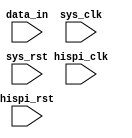
/* Machine-generated using Migen */
module integration_test(
	input [23:0] data_in,
	input hispi_clk,
	input hispi_rst,
	input sys_clk,
	input sys_rst
);

wire [23:0] hispi_data_in;
reg [11:0] hispi_hispimodule00 = 12'd0;
reg [11:0] hispi_hispimodule01 = 12'd0;
reg [11:0] hispi_hispimodule02 = 12'd0;
reg [11:0] hispi_hispimodule03 = 12'd0;
wire [11:0] hispi_hispimodule0;
wire [11:0] hispi_hispimodule1;
wire [11:0] hispi_hispimodule2;
wire [11:0] hispi_hispimodule3;
reg [59:0] hispi_hispimodule0_data = 60'd1152921504606846975;
reg [5:0] hispi_hispimodule0_word_offset = 6'd0;
reg [5:0] hispi_hispimodule0_bit_offset = 6'd0;
reg hispi_hispimodule0_aligned = 1'd0;
reg [59:0] hispi_hispimodule1_data0 = 60'd1152921504606846975;
reg [5:0] hispi_hispimodule1_word_offset = 6'd0;
reg [5:0] hispi_hispimodule1_bit_offset = 6'd0;
reg hispi_hispimodule1_aligned = 1'd0;
reg [59:0] hispi_hispimodule2_data = 60'd1152921504606846975;
reg [5:0] hispi_hispimodule2_word_offset = 6'd0;
reg [5:0] hispi_hispimodule2_bit_offset = 6'd0;
reg hispi_hispimodule2_aligned = 1'd0;
reg [59:0] hispi_hispimodule3_data = 60'd1152921504606846975;
reg [5:0] hispi_hispimodule3_word_offset = 6'd0;
reg [5:0] hispi_hispimodule3_bit_offset = 6'd0;
reg hispi_hispimodule3_aligned = 1'd0;
reg hispi_hispimodule1_frame_start;
reg hispi_hispimodule1_data_valid;
reg hispi_hispimodule1_data_actual_valid;
reg [7:0] hispi_hispimodule1_hispimodule10;
reg [7:0] hispi_hispimodule1_hispimodule11;
reg [7:0] hispi_hispimodule1_hispimodule12;
reg [7:0] hispi_hispimodule1_hispimodule13;
reg hispi_hispimodule1_found_frame_start = 1'd0;
reg [5:0] hispi_hispimodule1_padding_counter = 6'd0;
reg [23:0] hispi_hispimodule1_data1 = 24'd16777215;
reg [23:0] hispi_hispimodule1_data2 = 24'd16777215;
reg [23:0] hispi_hispimodule1_data3 = 24'd16777215;
reg [23:0] hispi_hispimodule1_data4 = 24'd16777215;
wire [31:0] hispi_data_out;
reg [67:0] hispi_hispimodule2_double_in = 68'd0;
reg [1:0] hispi_hispimodule2_counter = 2'd1;
wire [63:0] hispi_hispimodule2_data_out;
wire hispi_hispimodule2_data_valid;
wire hispi_hispimodule2_frame_start;
reg [31:0] addr_gen_addr;
reg [31:0] addr;
wire addr_gen_switch;
wire addr_gen_data_valid;
reg addr_gen_addr_valid;
reg addr_valid;
wire [63:0] addr_gen_data_in;
reg [63:0] addr_gen_data_out;
reg addr_gen_data_out_valid;
reg [31:0] addr_gen_base_addrs_array0 = 32'd260046848;
reg [31:0] addr_gen_base_addrs_array1 = 32'd264241152;
reg [31:0] addr_gen_base_addrs_array2 = 32'd268435456;
reg [31:0] addr_gen_base_addrs_array3 = 32'd272629760;
reg [31:0] addr_gen_base_addr;
reg [31:0] addr_gen_offset = 32'd0;
reg [2:0] addr_gen_selection = 3'd0;
reg [6:0] addr_gen_addr_write_counter = 7'd0;
reg addr_gen_increment;
reg [4:0] addr_gen_counter = 5'd0;
reg [3:0] state = 4'd0;
reg [3:0] next_state;
reg hispi_hispimodule1_found_frame_start_next_value;
reg hispi_hispimodule1_found_frame_start_next_value_ce;
reg [1:0] next_value0;
reg next_value_ce0;
reg [1:0] next_value1;
reg next_value_ce1;
reg [1:0] next_value2;
reg next_value_ce2;
reg [1:0] next_value3;
reg next_value_ce3;
reg [1:0] next_value4;
reg next_value_ce4;
reg [1:0] next_value5;
reg next_value_ce5;
reg [1:0] next_value6;
reg next_value_ce6;
reg [1:0] next_value7;
reg next_value_ce7;
wire [11:0] slice_proxy0;
wire [11:0] slice_proxy1;
wire [11:0] slice_proxy2;
wire [11:0] slice_proxy3;
reg [31:0] array_muxed0;
reg [31:0] array_muxed1;
reg [31:0] array_muxed2;
(* async_reg = "true", mr_ff = "true", dont_touch = "true" *) reg [11:0] xilinxmultiregimpl0_regs0 = 12'd0;
(* async_reg = "true", dont_touch = "true" *) reg [11:0] xilinxmultiregimpl0_regs1 = 12'd0;
(* async_reg = "true", mr_ff = "true", dont_touch = "true" *) reg [11:0] xilinxmultiregimpl1_regs0 = 12'd0;
(* async_reg = "true", dont_touch = "true" *) reg [11:0] xilinxmultiregimpl1_regs1 = 12'd0;
(* async_reg = "true", mr_ff = "true", dont_touch = "true" *) reg [11:0] xilinxmultiregimpl2_regs0 = 12'd0;
(* async_reg = "true", dont_touch = "true" *) reg [11:0] xilinxmultiregimpl2_regs1 = 12'd0;
(* async_reg = "true", mr_ff = "true", dont_touch = "true" *) reg [11:0] xilinxmultiregimpl3_regs0 = 12'd0;
(* async_reg = "true", dont_touch = "true" *) reg [11:0] xilinxmultiregimpl3_regs1 = 12'd0;


// Adding a dummy event (using a dummy signal 'dummy_s') to get the simulator
// to run the combinatorial process once at the beginning.
// synthesis translate_off
reg dummy_s;
initial dummy_s <= 1'd0;
// synthesis translate_on

assign hispi_data_in = data_in;
assign addr_gen_switch = hispi_hispimodule2_frame_start;
assign addr_gen_data_valid = hispi_hispimodule2_data_valid;
assign addr_gen_data_in = hispi_hispimodule2_data_out;
assign hispi_data_out = {hispi_hispimodule1_hispimodule13, hispi_hispimodule1_hispimodule12, hispi_hispimodule1_hispimodule11, hispi_hispimodule1_hispimodule10};

// synthesis translate_off
reg dummy_d;
// synthesis translate_on
always @(*) begin
	hispi_hispimodule1_data_valid <= 1'd0;
	if (hispi_hispimodule1_data_actual_valid) begin
		hispi_hispimodule1_data_valid <= 1'd1;
	end else begin
		if ((hispi_hispimodule1_padding_counter != 1'd0)) begin
			hispi_hispimodule1_data_valid <= 1'd1;
		end else begin
			hispi_hispimodule1_data_valid <= 1'd0;
		end
	end
// synthesis translate_off
	dummy_d <= dummy_s;
// synthesis translate_on
end

// synthesis translate_off
reg dummy_d_1;
// synthesis translate_on
always @(*) begin
	hispi_hispimodule1_frame_start <= 1'd0;
	hispi_hispimodule1_data_actual_valid <= 1'd0;
	hispi_hispimodule1_hispimodule10 <= 8'd0;
	hispi_hispimodule1_hispimodule11 <= 8'd0;
	hispi_hispimodule1_hispimodule12 <= 8'd0;
	hispi_hispimodule1_hispimodule13 <= 8'd0;
	next_state <= 4'd0;
	hispi_hispimodule1_found_frame_start_next_value <= 1'd0;
	hispi_hispimodule1_found_frame_start_next_value_ce <= 1'd0;
	next_value0 <= 2'd0;
	next_value_ce0 <= 1'd0;
	next_value1 <= 2'd0;
	next_value_ce1 <= 1'd0;
	next_value2 <= 2'd0;
	next_value_ce2 <= 1'd0;
	next_value3 <= 2'd0;
	next_value_ce3 <= 1'd0;
	next_value4 <= 2'd0;
	next_value_ce4 <= 1'd0;
	next_value5 <= 2'd0;
	next_value_ce5 <= 1'd0;
	next_value6 <= 2'd0;
	next_value_ce6 <= 1'd0;
	next_value7 <= 2'd0;
	next_value_ce7 <= 1'd0;
	next_state <= state;
	case (state)
		1'd1: begin
			if ((hispi_hispimodule0_data[(hispi_hispimodule0_bit_offset + (4'd12 * (hispi_hispimodule0_word_offset + 1'd1)))+:36] == 12'd4095)) begin
				next_state <= 2'd2;
			end
		end
		2'd2: begin
			next_state <= 2'd3;
		end
		2'd3: begin
			next_state <= 3'd4;
		end
		3'd4: begin
			next_state <= 3'd5;
		end
		3'd5: begin
			case (hispi_hispimodule0_data[(hispi_hispimodule0_bit_offset + (4'd12 * (hispi_hispimodule0_word_offset + 1'd0)))+:12])
				1'd1: begin
					next_state <= 4'd8;
				end
				2'd3: begin
					hispi_hispimodule1_found_frame_start_next_value <= 1'd1;
					hispi_hispimodule1_found_frame_start_next_value_ce <= 1'd1;
					next_state <= 4'd8;
				end
				3'd5: begin
					next_state <= 3'd6;
				end
				3'd7: begin
					next_state <= 3'd6;
				end
				4'd9: begin
					next_state <= 1'd1;
				end
				5'd17: begin
					next_state <= 1'd1;
				end
				5'd19: begin
					hispi_hispimodule1_found_frame_start_next_value <= 1'd1;
					hispi_hispimodule1_found_frame_start_next_value_ce <= 1'd1;
					next_state <= 1'd1;
				end
				default: begin
					next_state <= 1'd1;
				end
			endcase
		end
		3'd6: begin
			next_value0 <= hispi_hispimodule0_data[(hispi_hispimodule0_bit_offset + (4'd12 * (hispi_hispimodule0_word_offset + 1'd0)))+:12];
			next_value_ce0 <= 1'd1;
			next_value1 <= hispi_hispimodule1_data0[(hispi_hispimodule1_bit_offset + (4'd12 * (hispi_hispimodule1_word_offset + 1'd0)))+:12];
			next_value_ce1 <= 1'd1;
			next_value2 <= hispi_hispimodule2_data[(hispi_hispimodule2_bit_offset + (4'd12 * (hispi_hispimodule2_word_offset + 1'd0)))+:12];
			next_value_ce2 <= 1'd1;
			next_value3 <= hispi_hispimodule3_data[(hispi_hispimodule3_bit_offset + (4'd12 * (hispi_hispimodule3_word_offset + 1'd0)))+:12];
			next_value_ce3 <= 1'd1;
			next_state <= 3'd7;
		end
		3'd7: begin
			next_value4 <= hispi_hispimodule0_data[(hispi_hispimodule0_bit_offset + (4'd12 * (hispi_hispimodule0_word_offset + 1'd0)))+:12];
			next_value_ce4 <= 1'd1;
			next_value5 <= hispi_hispimodule1_data0[(hispi_hispimodule1_bit_offset + (4'd12 * (hispi_hispimodule1_word_offset + 1'd0)))+:12];
			next_value_ce5 <= 1'd1;
			next_value6 <= hispi_hispimodule2_data[(hispi_hispimodule2_bit_offset + (4'd12 * (hispi_hispimodule2_word_offset + 1'd0)))+:12];
			next_value_ce6 <= 1'd1;
			next_value7 <= hispi_hispimodule3_data[(hispi_hispimodule3_bit_offset + (4'd12 * (hispi_hispimodule3_word_offset + 1'd0)))+:12];
			next_value_ce7 <= 1'd1;
			next_state <= 1'd1;
		end
		4'd8: begin
			hispi_hispimodule1_data_actual_valid <= 1'd1;
			hispi_hispimodule1_frame_start <= hispi_hispimodule1_found_frame_start;
			hispi_hispimodule1_found_frame_start_next_value <= 1'd0;
			hispi_hispimodule1_found_frame_start_next_value_ce <= 1'd1;
			hispi_hispimodule1_hispimodule10 <= slice_proxy0[7:0];
			hispi_hispimodule1_hispimodule11 <= slice_proxy1[7:0];
			hispi_hispimodule1_hispimodule12 <= slice_proxy2[7:0];
			hispi_hispimodule1_hispimodule13 <= slice_proxy3[7:0];
			if ((hispi_hispimodule0_data[(hispi_hispimodule0_bit_offset + (4'd12 * (hispi_hispimodule0_word_offset + 1'd1)))+:36] == 12'd4095)) begin
				next_state <= 2'd2;
			end
		end
		default: begin
			if ((((hispi_hispimodule0_aligned & hispi_hispimodule1_aligned) & hispi_hispimodule2_aligned) & hispi_hispimodule3_aligned)) begin
				next_state <= 1'd1;
			end
		end
	endcase
// synthesis translate_off
	dummy_d_1 <= dummy_s;
// synthesis translate_on
end
assign hispi_hispimodule2_data_out = {hispi_hispimodule2_double_in[65:34], hispi_hispimodule2_double_in[31:0]};
assign hispi_hispimodule2_data_valid = ((hispi_hispimodule2_double_in[32] | hispi_hispimodule2_double_in[66]) & hispi_hispimodule2_counter[0]);
assign hispi_hispimodule2_frame_start = (hispi_hispimodule2_double_in[33] | hispi_hispimodule2_double_in[67]);

// synthesis translate_off
reg dummy_d_2;
// synthesis translate_on
always @(*) begin
	addr_gen_increment <= 1'd0;
	if ((addr_gen_counter == 1'd0)) begin
		if (addr_gen_data_valid) begin
			addr_gen_increment <= 1'd1;
		end else begin
			addr_gen_increment <= 1'd0;
		end
	end else begin
		addr_gen_increment <= 1'd0;
	end
// synthesis translate_off
	dummy_d_2 <= dummy_s;
// synthesis translate_on
end

// synthesis translate_off
reg dummy_d_3;
// synthesis translate_on
always @(*) begin
	addr <= 32'd260046848;
	addr_gen_addr_valid <= 1'd0;
	addr_valid <= 1'd0;
	addr_gen_data_out <= 64'd0;
	addr_gen_data_out_valid <= 1'd0;
	if ((((addr_gen_addr_write_counter > 7'd100) & (addr_gen_addr_write_counter <= 7'd116)) & (~addr_gen_data_valid))) begin
		addr_gen_data_out <= array_muxed0;
		addr <= 29'd419430400;
		addr_gen_data_out_valid <= 1'd1;
		if ((addr_gen_addr_write_counter == 7'd101)) begin
			addr_valid <= 1'd1;
		end else begin
			addr_valid <= 1'd0;
		end
	end else begin
		if (addr_gen_data_valid) begin
			addr <= addr_gen_addr;
			addr_gen_data_out <= addr_gen_data_in;
			addr_gen_data_out_valid <= 1'd1;
			addr_valid <= addr_gen_addr_valid;
		end else begin
			addr_gen_data_out_valid <= 1'd0;
			addr_gen_addr_valid <= 1'd0;
		end
	end
	addr_gen_addr_valid <= addr_gen_increment;
// synthesis translate_off
	dummy_d_3 <= dummy_s;
// synthesis translate_on
end

// synthesis translate_off
reg dummy_d_4;
// synthesis translate_on
always @(*) begin
	addr_gen_base_addr <= 32'd260046848;
	if (addr_gen_switch) begin
		if ((addr_gen_selection == 2'd3)) begin
			addr_gen_base_addr <= 28'd260046848;
		end else begin
			addr_gen_base_addr <= array_muxed1;
		end
	end else begin
		addr_gen_base_addr <= array_muxed2;
	end
// synthesis translate_off
	dummy_d_4 <= dummy_s;
// synthesis translate_on
end

// synthesis translate_off
reg dummy_d_5;
// synthesis translate_on
always @(*) begin
	addr_gen_addr <= 32'd260046848;
	if (addr_gen_switch) begin
		addr_gen_addr <= addr_gen_base_addr;
	end else begin
		addr_gen_addr <= (addr_gen_base_addr + addr_gen_offset);
	end
// synthesis translate_off
	dummy_d_5 <= dummy_s;
// synthesis translate_on
end
assign slice_proxy0 = (hispi_hispimodule0_data[(hispi_hispimodule0_bit_offset + (4'd12 * (hispi_hispimodule0_word_offset + 1'd0)))+:12] >>> 3'd4);
assign slice_proxy1 = (hispi_hispimodule1_data0[(hispi_hispimodule1_bit_offset + (4'd12 * (hispi_hispimodule1_word_offset + 1'd0)))+:12] >>> 3'd4);
assign slice_proxy2 = (hispi_hispimodule2_data[(hispi_hispimodule2_bit_offset + (4'd12 * (hispi_hispimodule2_word_offset + 1'd0)))+:12] >>> 3'd4);
assign slice_proxy3 = (hispi_hispimodule3_data[(hispi_hispimodule3_bit_offset + (4'd12 * (hispi_hispimodule3_word_offset + 1'd0)))+:12] >>> 3'd4);

// synthesis translate_off
reg dummy_d_6;
// synthesis translate_on
always @(*) begin
	array_muxed0 <= 32'd0;
	case ((((addr_gen_selection == 1'd0) ? 3'd4 : addr_gen_selection) - 1'd1))
		1'd0: begin
			array_muxed0 <= addr_gen_base_addrs_array0;
		end
		1'd1: begin
			array_muxed0 <= addr_gen_base_addrs_array1;
		end
		2'd2: begin
			array_muxed0 <= addr_gen_base_addrs_array2;
		end
		default: begin
			array_muxed0 <= addr_gen_base_addrs_array3;
		end
	endcase
// synthesis translate_off
	dummy_d_6 <= dummy_s;
// synthesis translate_on
end

// synthesis translate_off
reg dummy_d_7;
// synthesis translate_on
always @(*) begin
	array_muxed1 <= 32'd0;
	case ((addr_gen_selection + 1'd1))
		1'd0: begin
			array_muxed1 <= addr_gen_base_addrs_array0;
		end
		1'd1: begin
			array_muxed1 <= addr_gen_base_addrs_array1;
		end
		2'd2: begin
			array_muxed1 <= addr_gen_base_addrs_array2;
		end
		default: begin
			array_muxed1 <= addr_gen_base_addrs_array3;
		end
	endcase
// synthesis translate_off
	dummy_d_7 <= dummy_s;
// synthesis translate_on
end

// synthesis translate_off
reg dummy_d_8;
// synthesis translate_on
always @(*) begin
	array_muxed2 <= 32'd0;
	case (addr_gen_selection)
		1'd0: begin
			array_muxed2 <= addr_gen_base_addrs_array0;
		end
		1'd1: begin
			array_muxed2 <= addr_gen_base_addrs_array1;
		end
		2'd2: begin
			array_muxed2 <= addr_gen_base_addrs_array2;
		end
		default: begin
			array_muxed2 <= addr_gen_base_addrs_array3;
		end
	endcase
// synthesis translate_off
	dummy_d_8 <= dummy_s;
// synthesis translate_on
end
assign hispi_hispimodule0 = xilinxmultiregimpl0_regs1;
assign hispi_hispimodule1 = xilinxmultiregimpl1_regs1;
assign hispi_hispimodule2 = xilinxmultiregimpl2_regs1;
assign hispi_hispimodule3 = xilinxmultiregimpl3_regs1;

always @(posedge hispi_clk) begin
	hispi_hispimodule0_data[47:0] <= hispi_hispimodule0_data[59:12];
	hispi_hispimodule0_data[59:48] <= hispi_hispimodule0;
	hispi_hispimodule1_data0[47:0] <= hispi_hispimodule1_data0[59:12];
	hispi_hispimodule1_data0[59:48] <= hispi_hispimodule1;
	hispi_hispimodule2_data[47:0] <= hispi_hispimodule2_data[59:12];
	hispi_hispimodule2_data[59:48] <= hispi_hispimodule2;
	hispi_hispimodule3_data[47:0] <= hispi_hispimodule3_data[59:12];
	hispi_hispimodule3_data[59:48] <= hispi_hispimodule3;
	if ((hispi_hispimodule0_data[35:0] == 12'd4095)) begin
		hispi_hispimodule0_bit_offset <= 1'd0;
	end
	if ((hispi_hispimodule0_data[36:1] == 12'd4095)) begin
		hispi_hispimodule0_bit_offset <= 1'd1;
	end
	if ((hispi_hispimodule0_data[37:2] == 12'd4095)) begin
		hispi_hispimodule0_bit_offset <= 2'd2;
	end
	if ((hispi_hispimodule0_data[38:3] == 12'd4095)) begin
		hispi_hispimodule0_bit_offset <= 2'd3;
	end
	if ((hispi_hispimodule0_data[39:4] == 12'd4095)) begin
		hispi_hispimodule0_bit_offset <= 3'd4;
	end
	if ((hispi_hispimodule0_data[40:5] == 12'd4095)) begin
		hispi_hispimodule0_bit_offset <= 3'd5;
	end
	if ((hispi_hispimodule0_data[41:6] == 12'd4095)) begin
		hispi_hispimodule0_bit_offset <= 3'd6;
	end
	if ((hispi_hispimodule0_data[42:7] == 12'd4095)) begin
		hispi_hispimodule0_bit_offset <= 3'd7;
	end
	if ((hispi_hispimodule0_data[43:8] == 12'd4095)) begin
		hispi_hispimodule0_bit_offset <= 4'd8;
	end
	if ((hispi_hispimodule0_data[44:9] == 12'd4095)) begin
		hispi_hispimodule0_bit_offset <= 4'd9;
	end
	if ((hispi_hispimodule0_data[45:10] == 12'd4095)) begin
		hispi_hispimodule0_bit_offset <= 4'd10;
	end
	if ((hispi_hispimodule0_data[46:11] == 12'd4095)) begin
		hispi_hispimodule0_bit_offset <= 4'd11;
	end
	if ((hispi_hispimodule1_data0[35:0] == 12'd4095)) begin
		hispi_hispimodule1_bit_offset <= 1'd0;
	end
	if ((hispi_hispimodule1_data0[36:1] == 12'd4095)) begin
		hispi_hispimodule1_bit_offset <= 1'd1;
	end
	if ((hispi_hispimodule1_data0[37:2] == 12'd4095)) begin
		hispi_hispimodule1_bit_offset <= 2'd2;
	end
	if ((hispi_hispimodule1_data0[38:3] == 12'd4095)) begin
		hispi_hispimodule1_bit_offset <= 2'd3;
	end
	if ((hispi_hispimodule1_data0[39:4] == 12'd4095)) begin
		hispi_hispimodule1_bit_offset <= 3'd4;
	end
	if ((hispi_hispimodule1_data0[40:5] == 12'd4095)) begin
		hispi_hispimodule1_bit_offset <= 3'd5;
	end
	if ((hispi_hispimodule1_data0[41:6] == 12'd4095)) begin
		hispi_hispimodule1_bit_offset <= 3'd6;
	end
	if ((hispi_hispimodule1_data0[42:7] == 12'd4095)) begin
		hispi_hispimodule1_bit_offset <= 3'd7;
	end
	if ((hispi_hispimodule1_data0[43:8] == 12'd4095)) begin
		hispi_hispimodule1_bit_offset <= 4'd8;
	end
	if ((hispi_hispimodule1_data0[44:9] == 12'd4095)) begin
		hispi_hispimodule1_bit_offset <= 4'd9;
	end
	if ((hispi_hispimodule1_data0[45:10] == 12'd4095)) begin
		hispi_hispimodule1_bit_offset <= 4'd10;
	end
	if ((hispi_hispimodule1_data0[46:11] == 12'd4095)) begin
		hispi_hispimodule1_bit_offset <= 4'd11;
	end
	if ((hispi_hispimodule2_data[35:0] == 12'd4095)) begin
		hispi_hispimodule2_bit_offset <= 1'd0;
	end
	if ((hispi_hispimodule2_data[36:1] == 12'd4095)) begin
		hispi_hispimodule2_bit_offset <= 1'd1;
	end
	if ((hispi_hispimodule2_data[37:2] == 12'd4095)) begin
		hispi_hispimodule2_bit_offset <= 2'd2;
	end
	if ((hispi_hispimodule2_data[38:3] == 12'd4095)) begin
		hispi_hispimodule2_bit_offset <= 2'd3;
	end
	if ((hispi_hispimodule2_data[39:4] == 12'd4095)) begin
		hispi_hispimodule2_bit_offset <= 3'd4;
	end
	if ((hispi_hispimodule2_data[40:5] == 12'd4095)) begin
		hispi_hispimodule2_bit_offset <= 3'd5;
	end
	if ((hispi_hispimodule2_data[41:6] == 12'd4095)) begin
		hispi_hispimodule2_bit_offset <= 3'd6;
	end
	if ((hispi_hispimodule2_data[42:7] == 12'd4095)) begin
		hispi_hispimodule2_bit_offset <= 3'd7;
	end
	if ((hispi_hispimodule2_data[43:8] == 12'd4095)) begin
		hispi_hispimodule2_bit_offset <= 4'd8;
	end
	if ((hispi_hispimodule2_data[44:9] == 12'd4095)) begin
		hispi_hispimodule2_bit_offset <= 4'd9;
	end
	if ((hispi_hispimodule2_data[45:10] == 12'd4095)) begin
		hispi_hispimodule2_bit_offset <= 4'd10;
	end
	if ((hispi_hispimodule2_data[46:11] == 12'd4095)) begin
		hispi_hispimodule2_bit_offset <= 4'd11;
	end
	if ((hispi_hispimodule3_data[35:0] == 12'd4095)) begin
		hispi_hispimodule3_bit_offset <= 1'd0;
	end
	if ((hispi_hispimodule3_data[36:1] == 12'd4095)) begin
		hispi_hispimodule3_bit_offset <= 1'd1;
	end
	if ((hispi_hispimodule3_data[37:2] == 12'd4095)) begin
		hispi_hispimodule3_bit_offset <= 2'd2;
	end
	if ((hispi_hispimodule3_data[38:3] == 12'd4095)) begin
		hispi_hispimodule3_bit_offset <= 2'd3;
	end
	if ((hispi_hispimodule3_data[39:4] == 12'd4095)) begin
		hispi_hispimodule3_bit_offset <= 3'd4;
	end
	if ((hispi_hispimodule3_data[40:5] == 12'd4095)) begin
		hispi_hispimodule3_bit_offset <= 3'd5;
	end
	if ((hispi_hispimodule3_data[41:6] == 12'd4095)) begin
		hispi_hispimodule3_bit_offset <= 3'd6;
	end
	if ((hispi_hispimodule3_data[42:7] == 12'd4095)) begin
		hispi_hispimodule3_bit_offset <= 3'd7;
	end
	if ((hispi_hispimodule3_data[43:8] == 12'd4095)) begin
		hispi_hispimodule3_bit_offset <= 4'd8;
	end
	if ((hispi_hispimodule3_data[44:9] == 12'd4095)) begin
		hispi_hispimodule3_bit_offset <= 4'd9;
	end
	if ((hispi_hispimodule3_data[45:10] == 12'd4095)) begin
		hispi_hispimodule3_bit_offset <= 4'd10;
	end
	if ((hispi_hispimodule3_data[46:11] == 12'd4095)) begin
		hispi_hispimodule3_bit_offset <= 4'd11;
	end
	hispi_hispimodule0_word_offset <= 1'd1;
	hispi_hispimodule0_aligned <= 1'd1;
	if ((hispi_hispimodule0_data[(hispi_hispimodule0_bit_offset + 4'd12)+:36] == 12'd4095)) begin
		if ((hispi_hispimodule1_data0[(hispi_hispimodule1_bit_offset + 1'd0)+:36] == 12'd4095)) begin
			hispi_hispimodule1_word_offset <= 1'd0;
			hispi_hispimodule1_aligned <= 1'd1;
		end
		if ((hispi_hispimodule1_data0[(hispi_hispimodule1_bit_offset + 4'd12)+:36] == 12'd4095)) begin
			hispi_hispimodule1_word_offset <= 1'd1;
			hispi_hispimodule1_aligned <= 1'd1;
		end
		if ((hispi_hispimodule1_data0[(hispi_hispimodule1_bit_offset + 5'd24)+:36] == 12'd4095)) begin
			hispi_hispimodule1_word_offset <= 2'd2;
			hispi_hispimodule1_aligned <= 1'd1;
		end
	end
	if ((hispi_hispimodule0_data[(hispi_hispimodule0_bit_offset + 4'd12)+:36] == 12'd4095)) begin
		if ((hispi_hispimodule2_data[(hispi_hispimodule2_bit_offset + 1'd0)+:36] == 12'd4095)) begin
			hispi_hispimodule2_word_offset <= 1'd0;
			hispi_hispimodule2_aligned <= 1'd1;
		end
		if ((hispi_hispimodule2_data[(hispi_hispimodule2_bit_offset + 4'd12)+:36] == 12'd4095)) begin
			hispi_hispimodule2_word_offset <= 1'd1;
			hispi_hispimodule2_aligned <= 1'd1;
		end
		if ((hispi_hispimodule2_data[(hispi_hispimodule2_bit_offset + 5'd24)+:36] == 12'd4095)) begin
			hispi_hispimodule2_word_offset <= 2'd2;
			hispi_hispimodule2_aligned <= 1'd1;
		end
	end
	if ((hispi_hispimodule0_data[(hispi_hispimodule0_bit_offset + 4'd12)+:36] == 12'd4095)) begin
		if ((hispi_hispimodule3_data[(hispi_hispimodule3_bit_offset + 1'd0)+:36] == 12'd4095)) begin
			hispi_hispimodule3_word_offset <= 1'd0;
			hispi_hispimodule3_aligned <= 1'd1;
		end
		if ((hispi_hispimodule3_data[(hispi_hispimodule3_bit_offset + 4'd12)+:36] == 12'd4095)) begin
			hispi_hispimodule3_word_offset <= 1'd1;
			hispi_hispimodule3_aligned <= 1'd1;
		end
		if ((hispi_hispimodule3_data[(hispi_hispimodule3_bit_offset + 5'd24)+:36] == 12'd4095)) begin
			hispi_hispimodule3_word_offset <= 2'd2;
			hispi_hispimodule3_aligned <= 1'd1;
		end
	end
	if (hispi_hispimodule1_data_valid) begin
		if (((hispi_hispimodule1_padding_counter + 1'd1) < 6'd32)) begin
			hispi_hispimodule1_padding_counter <= (hispi_hispimodule1_padding_counter + 1'd1);
		end else begin
			hispi_hispimodule1_padding_counter <= 1'd0;
		end
	end
	state <= next_state;
	if (hispi_hispimodule1_found_frame_start_next_value_ce) begin
		hispi_hispimodule1_found_frame_start <= hispi_hispimodule1_found_frame_start_next_value;
	end
	if (next_value_ce0) begin
		hispi_hispimodule1_data1[1:0] <= next_value0;
	end
	if (next_value_ce1) begin
		hispi_hispimodule1_data2[1:0] <= next_value1;
	end
	if (next_value_ce2) begin
		hispi_hispimodule1_data3[1:0] <= next_value2;
	end
	if (next_value_ce3) begin
		hispi_hispimodule1_data4[1:0] <= next_value3;
	end
	if (next_value_ce4) begin
		hispi_hispimodule1_data1[3:2] <= next_value4;
	end
	if (next_value_ce5) begin
		hispi_hispimodule1_data2[3:2] <= next_value5;
	end
	if (next_value_ce6) begin
		hispi_hispimodule1_data3[3:2] <= next_value6;
	end
	if (next_value_ce7) begin
		hispi_hispimodule1_data4[3:2] <= next_value7;
	end
	if (hispi_hispimodule1_data_valid) begin
		if ((hispi_hispimodule2_counter == 2'd2)) begin
			hispi_hispimodule2_counter <= 1'd0;
		end else begin
			hispi_hispimodule2_counter[0] <= (~hispi_hispimodule2_counter[0]);
		end
	end else begin
		hispi_hispimodule2_counter <= 2'd2;
	end
	hispi_hispimodule2_double_in[65:34] <= hispi_data_out;
	hispi_hispimodule2_double_in[66] <= hispi_hispimodule1_data_valid;
	hispi_hispimodule2_double_in[67] <= hispi_hispimodule1_frame_start;
	hispi_hispimodule2_double_in[33:0] <= hispi_hispimodule2_double_in[67:34];
	if (hispi_rst) begin
		hispi_hispimodule0_data <= 60'd1152921504606846975;
		hispi_hispimodule0_word_offset <= 6'd0;
		hispi_hispimodule0_bit_offset <= 6'd0;
		hispi_hispimodule0_aligned <= 1'd0;
		hispi_hispimodule1_data0 <= 60'd1152921504606846975;
		hispi_hispimodule1_word_offset <= 6'd0;
		hispi_hispimodule1_bit_offset <= 6'd0;
		hispi_hispimodule1_aligned <= 1'd0;
		hispi_hispimodule2_data <= 60'd1152921504606846975;
		hispi_hispimodule2_word_offset <= 6'd0;
		hispi_hispimodule2_bit_offset <= 6'd0;
		hispi_hispimodule2_aligned <= 1'd0;
		hispi_hispimodule3_data <= 60'd1152921504606846975;
		hispi_hispimodule3_word_offset <= 6'd0;
		hispi_hispimodule3_bit_offset <= 6'd0;
		hispi_hispimodule3_aligned <= 1'd0;
		hispi_hispimodule1_found_frame_start <= 1'd0;
		hispi_hispimodule1_padding_counter <= 6'd0;
		hispi_hispimodule1_data1 <= 24'd16777215;
		hispi_hispimodule1_data2 <= 24'd16777215;
		hispi_hispimodule1_data3 <= 24'd16777215;
		hispi_hispimodule1_data4 <= 24'd16777215;
		hispi_hispimodule2_double_in <= 68'd0;
		hispi_hispimodule2_counter <= 2'd1;
		state <= 4'd0;
	end
	xilinxmultiregimpl0_regs0 <= hispi_hispimodule00;
	xilinxmultiregimpl0_regs1 <= xilinxmultiregimpl0_regs0;
	xilinxmultiregimpl1_regs0 <= hispi_hispimodule01;
	xilinxmultiregimpl1_regs1 <= xilinxmultiregimpl1_regs0;
	xilinxmultiregimpl2_regs0 <= hispi_hispimodule02;
	xilinxmultiregimpl2_regs1 <= xilinxmultiregimpl2_regs0;
	xilinxmultiregimpl3_regs0 <= hispi_hispimodule03;
	xilinxmultiregimpl3_regs1 <= xilinxmultiregimpl3_regs0;
end

always @(posedge sys_clk) begin
	hispi_hispimodule00[5:0] <= hispi_hispimodule00[11:6];
	hispi_hispimodule01[5:0] <= hispi_hispimodule01[11:6];
	hispi_hispimodule02[5:0] <= hispi_hispimodule02[11:6];
	hispi_hispimodule03[5:0] <= hispi_hispimodule03[11:6];
	hispi_hispimodule00[6] <= (~hispi_data_in[0]);
	hispi_hispimodule00[7] <= (~hispi_data_in[4]);
	hispi_hispimodule00[8] <= (~hispi_data_in[8]);
	hispi_hispimodule00[9] <= (~hispi_data_in[12]);
	hispi_hispimodule00[10] <= (~hispi_data_in[16]);
	hispi_hispimodule00[11] <= (~hispi_data_in[20]);
	hispi_hispimodule01[6] <= (~hispi_data_in[1]);
	hispi_hispimodule01[7] <= (~hispi_data_in[5]);
	hispi_hispimodule01[8] <= (~hispi_data_in[9]);
	hispi_hispimodule01[9] <= (~hispi_data_in[13]);
	hispi_hispimodule01[10] <= (~hispi_data_in[17]);
	hispi_hispimodule01[11] <= (~hispi_data_in[21]);
	hispi_hispimodule02[6] <= (~hispi_data_in[2]);
	hispi_hispimodule02[7] <= (~hispi_data_in[6]);
	hispi_hispimodule02[8] <= (~hispi_data_in[10]);
	hispi_hispimodule02[9] <= (~hispi_data_in[14]);
	hispi_hispimodule02[10] <= (~hispi_data_in[18]);
	hispi_hispimodule02[11] <= (~hispi_data_in[22]);
	hispi_hispimodule03[6] <= (~hispi_data_in[3]);
	hispi_hispimodule03[7] <= (~hispi_data_in[7]);
	hispi_hispimodule03[8] <= (~hispi_data_in[11]);
	hispi_hispimodule03[9] <= (~hispi_data_in[15]);
	hispi_hispimodule03[10] <= (~hispi_data_in[19]);
	hispi_hispimodule03[11] <= (~hispi_data_in[23]);
	if ((~addr_gen_data_valid)) begin
		if ((addr_gen_addr_write_counter < 7'd117)) begin
			addr_gen_addr_write_counter <= (addr_gen_addr_write_counter + 1'd1);
		end
	end else begin
		addr_gen_addr_write_counter <= 1'd0;
	end
	if (addr_gen_switch) begin
		if (addr_gen_data_valid) begin
			addr_gen_counter <= 2'd2;
		end else begin
			addr_gen_counter <= 1'd1;
		end
	end else begin
		if (addr_gen_data_valid) begin
			if ((addr_gen_counter == 4'd15)) begin
				addr_gen_counter <= 1'd0;
			end else begin
				addr_gen_counter <= (addr_gen_counter + 1'd1);
			end
		end
	end
	if (addr_gen_switch) begin
		if (addr_gen_increment) begin
			addr_gen_offset <= 8'd128;
		end else begin
			addr_gen_offset <= 1'd0;
		end
		if ((addr_gen_selection == 2'd3)) begin
			addr_gen_selection <= 1'd0;
		end else begin
			addr_gen_selection <= (addr_gen_selection + 1'd1);
		end
	end else begin
		if (addr_gen_increment) begin
			if (((addr_gen_offset + 8'd128) >= 29'd436207616)) begin
				addr_gen_offset <= 1'd0;
			end else begin
				addr_gen_offset <= (addr_gen_offset + 8'd128);
			end
		end
	end
	if (sys_rst) begin
		hispi_hispimodule00 <= 12'd0;
		hispi_hispimodule01 <= 12'd0;
		hispi_hispimodule02 <= 12'd0;
		hispi_hispimodule03 <= 12'd0;
		addr_gen_offset <= 32'd0;
		addr_gen_selection <= 3'd0;
		addr_gen_addr_write_counter <= 7'd0;
		addr_gen_counter <= 5'd0;
	end
end

endmodule